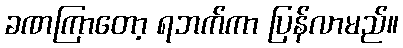
ခဏကြာတော့ ရဘက်ကာ ပြန်လာမည်။